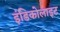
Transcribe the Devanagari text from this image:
इंडिकोलाइट